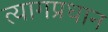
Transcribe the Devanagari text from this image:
त्यागप्रधान